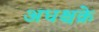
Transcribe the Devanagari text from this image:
अधश्चक्रे